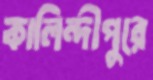
কালিন্দীপুরে